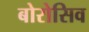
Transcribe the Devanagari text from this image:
बोरोसिव